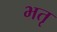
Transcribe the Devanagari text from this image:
भतृ